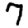
Digit: 7